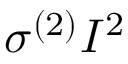
\sigma ^ { ( 2 ) } I ^ { 2 }